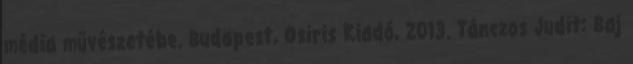
média művészetébe. Budapest, Osiris Kiadó, 2013. Tánczos Judit: Baj